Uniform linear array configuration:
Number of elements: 8
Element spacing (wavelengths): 0.75
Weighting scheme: hann
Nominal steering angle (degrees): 45
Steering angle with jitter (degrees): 46.499
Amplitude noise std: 0.05
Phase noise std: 0.05

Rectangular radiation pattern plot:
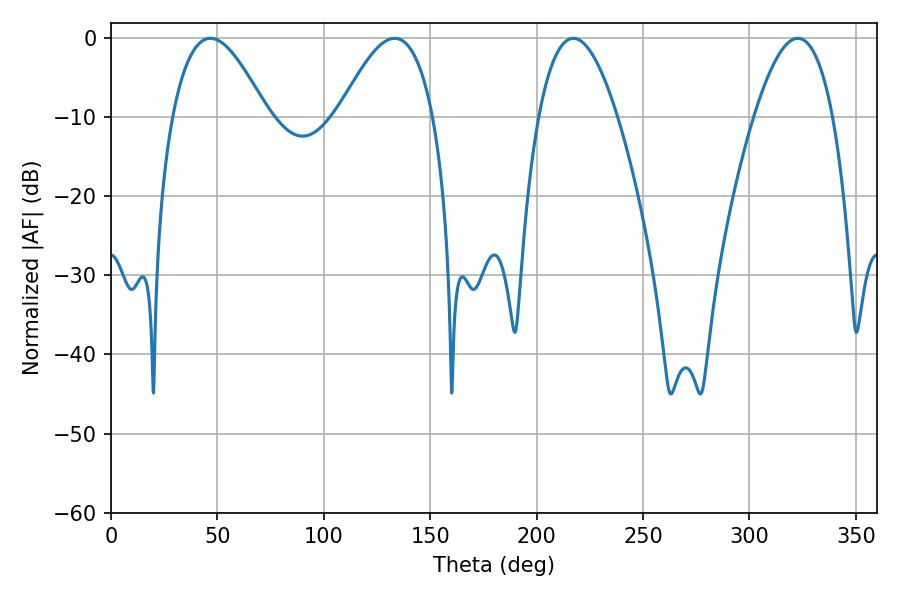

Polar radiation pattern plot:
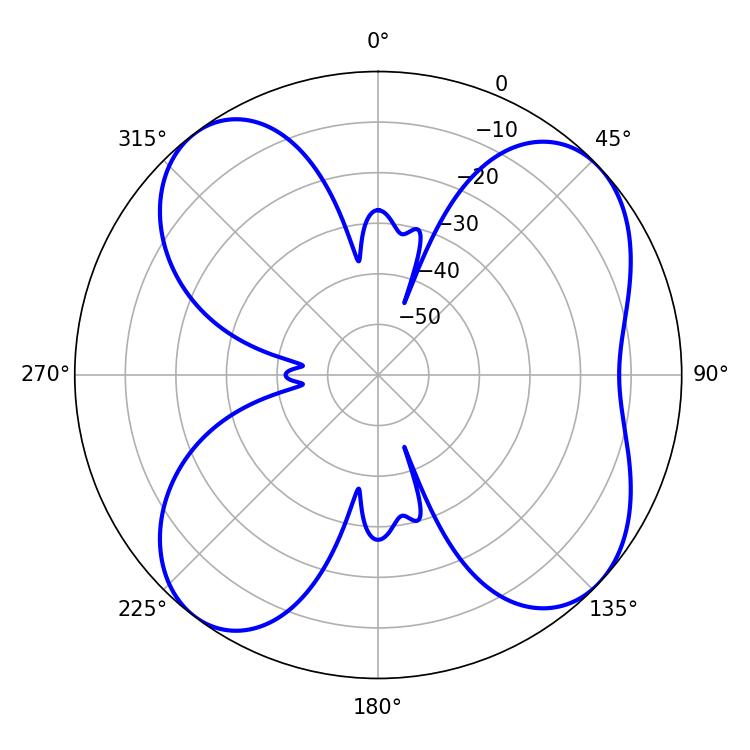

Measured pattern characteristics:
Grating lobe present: TRUE
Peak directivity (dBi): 9.178
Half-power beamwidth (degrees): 20.34
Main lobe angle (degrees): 322.74